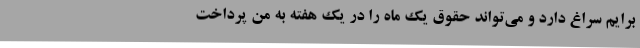
برایم سراغ دارد و می‌تواند حقوق یک ماه را در یک هفته به من پرداخت